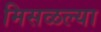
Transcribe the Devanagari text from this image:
मिसळल्या